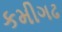
કમીગઢ